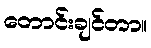
တောင်းချင်တာ။